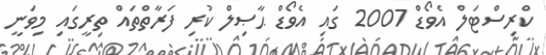
ކްރިސްޓަލް އެވޯޑް 2007 ގައި އެވޯޑް ޙާޞިލް ކުރި ފަރާތްތައް ތިރީގައި މިވަނީ